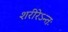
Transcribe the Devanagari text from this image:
शरीरेऽन्तः